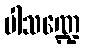
ပါသဏ္ဍေ